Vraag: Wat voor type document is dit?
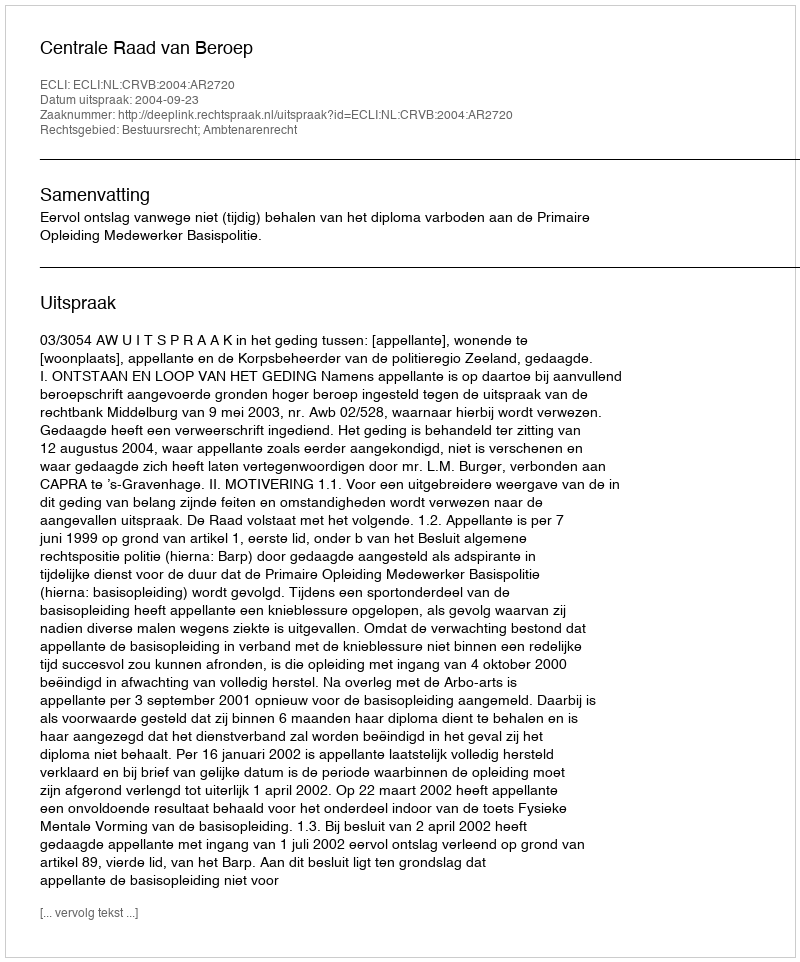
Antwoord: Uitspraak